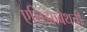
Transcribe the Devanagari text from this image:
एलिझाबेथची